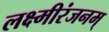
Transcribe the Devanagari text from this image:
लक्ष्मीरंजनम्